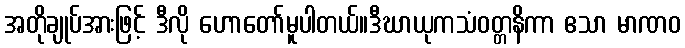
အတိုချုပ်အားဖြင့် ဒီလို ဟောတော်မူပါတယ်။ဒီဃာယုကသံဝတ္တနိကာ ဧသာ မာဏဝ